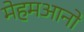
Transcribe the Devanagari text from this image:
मेहमआनो